King Institute of Preventive Medicine Bacteriolog. Section reports 1907-08
Year: 1907
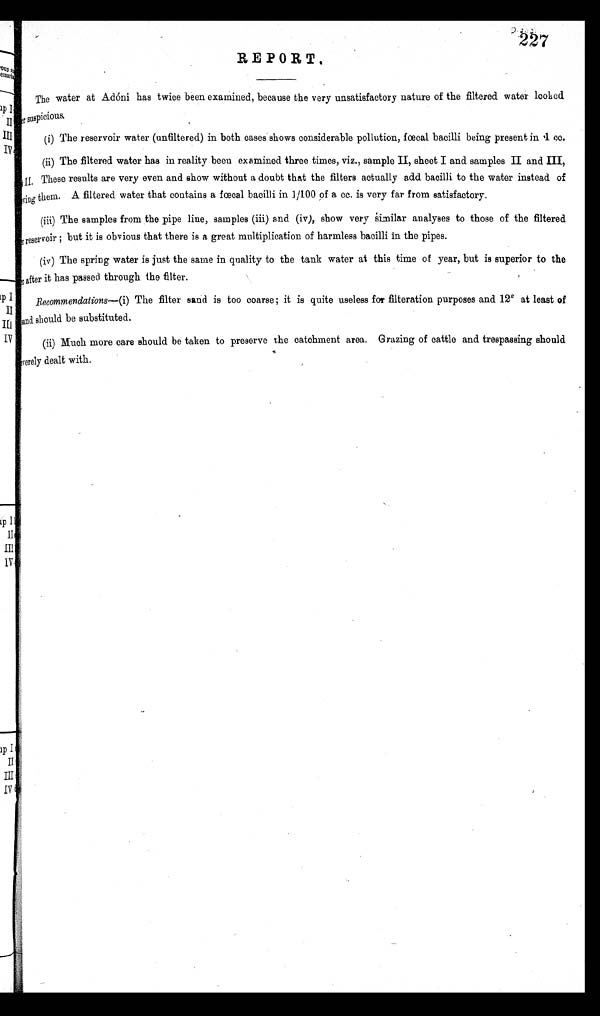
REPORT.
The water at Adóni has twice been examined, because the very unsatisfactory nature of the filtered water looked
er suspicious.
(i) The reservoir water (unfiltered) in both cases shows considerable pollution, fœcal bacilli being present in .1 cc.
(ii) The filtered water has in reality been examined three times, viz., sample II, sheet I and samples II and III,
II. These results are very even and show without a doubt that the filters actually add bacilli to the water instead of
l ing them. A filtered water that contains a fœcal bacilli in 1/100 of a cc. is very far from satisfactory.
(iii) The samples from the pipe line, samples (iii) and (iv), show very similar analyses to those of the filtered
r reservoir ; but it is obvious that there is a great multiplication of harmless bacilli in the pipes.
(iv) The spring water is just the same in quality to the tank water at this time of year, but is superior to the
r after it has passed through the filter.
Recommendations— (i) The filter sand is too coarse ; it is quite useless for filteration purposes and 12R at least of
sand should be substituted.
(ii) Much more care should be taken to preserve the catchment area. Grazing of cattle and trespassing should
verely dealt with.